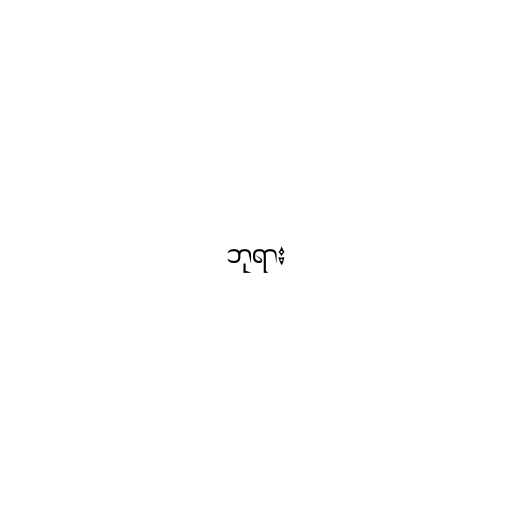
ဘုရား